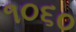
૧૦૬૦